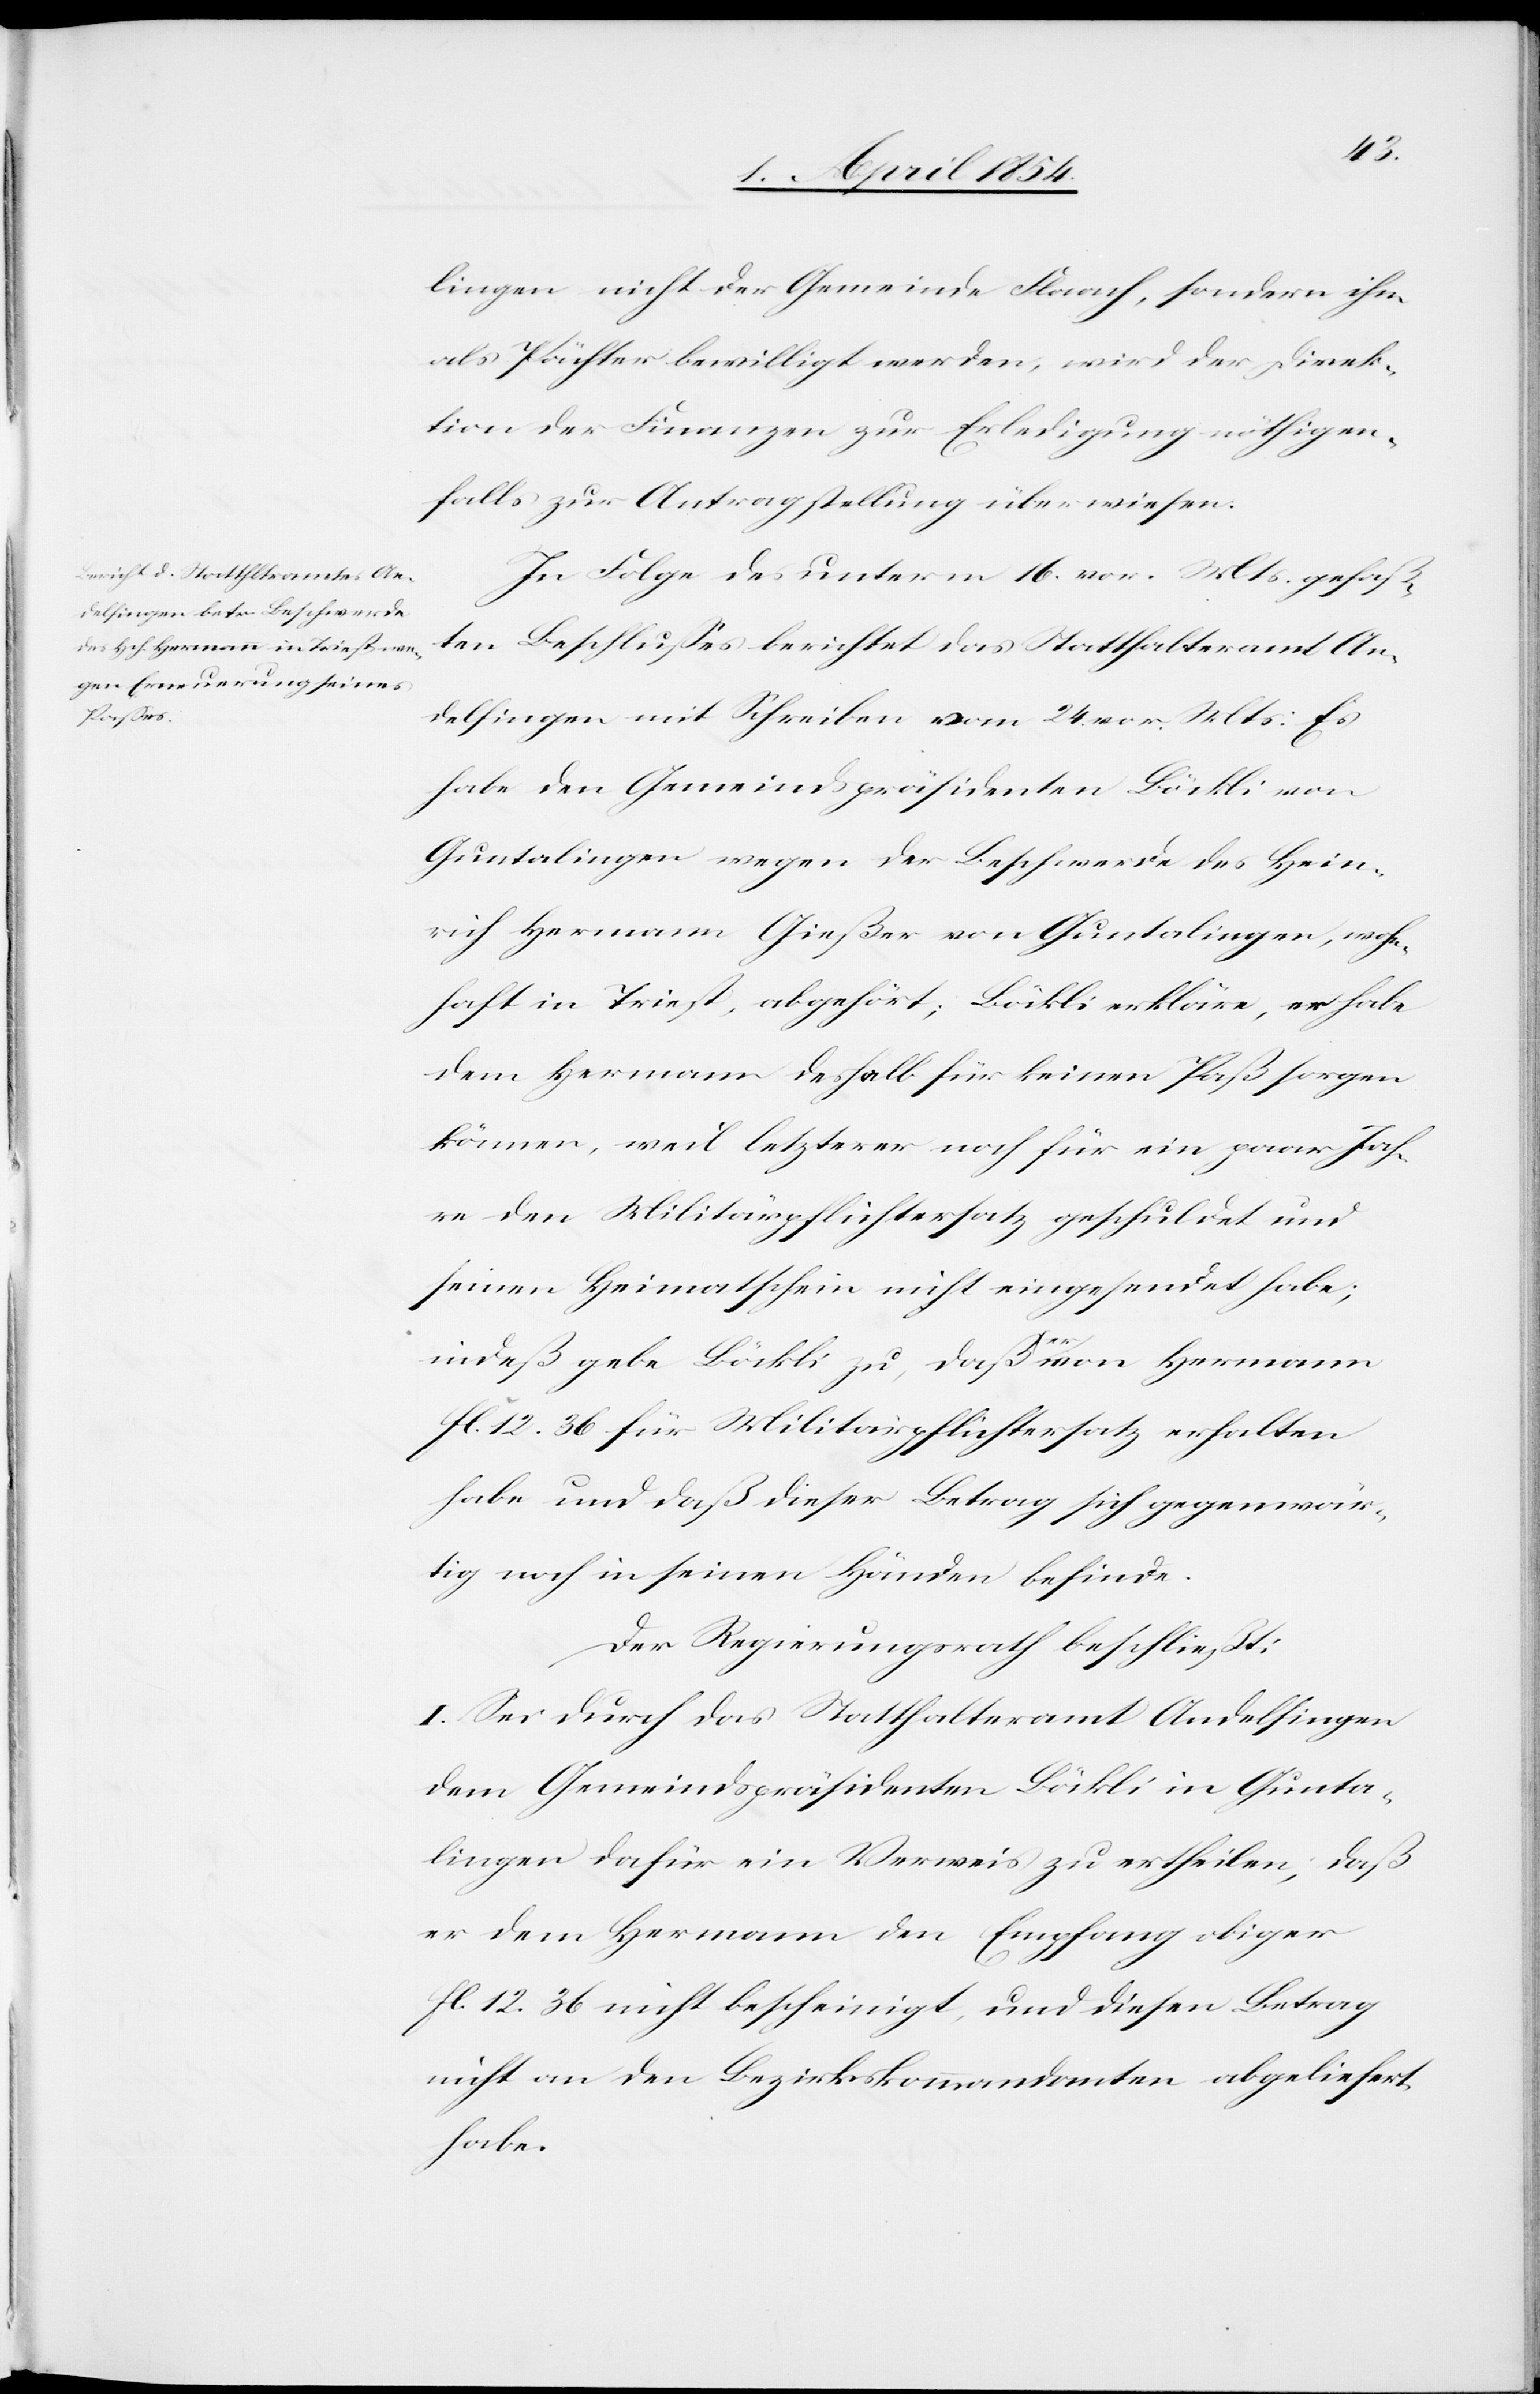
lingen nicht der Gemeinde Flaach, sondern ihm
als Pächter bewilligt werden, wird der Direk¬
tion der Finanzen zur Erledigung nöthigen¬
falls zur Antragstellung überwiesen.
In Folge des unterm 16. vor. Mts gefaß¬
ten Beschlußes berichtet das Statthalteramt An¬
delfingen mit Schreiben vom 24. vor Mts: Es
habe den Gemeindspräsidenten Böckli von
Guntalingen wegen der Beschwerde des Hein¬
rich Hermann Gießer von Guntalingen, wohn¬
haft in Triest, abgehört; Böckli erkläre, er habe
dem Hermann deshalb für keinen Paß sorgen
könne, weil letzterer noch für ein paar Jah¬
re den Militärpflichtersatz geschuldet und
seinen Heimatschein nicht eingesendet habe;
indeß gebe Böckli zu, daß a-er-a von Hermann
fl. 12. 36 für Militärpflichtersatz erhalten
habe und daß dieser Betrag sich gegenwär¬
tig noch in seinen Händen befinde.
Der Regierungsrath beschließt:
I. Sei durch das Statthalteramt Andelfingen
dem Gemeindspräsidenten Böckli in Gunta¬
lingen dafür ein Verweis zu ertheilen, daß
er dem Hermann den Empfang obiger
fl. 12. 36 nicht bescheinigt, und diesen Betrag
nicht an den Bezirkskommandanten abgeliefert
habe